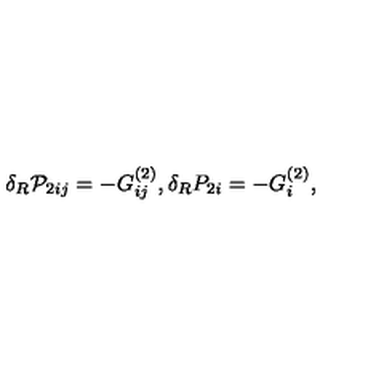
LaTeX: \delta _ { R } { \cal P } _ { 2 i j } = - G _ { i j } ^ { ( 2 ) } , \delta _ { R } P _ { 2 i } = - G _ { i } ^ { ( 2 ) } ,